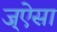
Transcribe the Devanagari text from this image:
ज्ऐसा